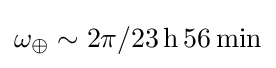
\omega _{\oplus }\sim 2\pi /23\,{\mbox{h}}\,56\,{\mbox{min}}